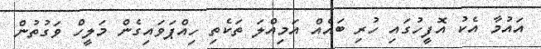
އައުމާ އެކު އޮފީީހުގައި ހުރި ބައެއް އަމިއްލަ ތަކެތި ހިއްޕަވައިގެން މަލީހް ވަގުތުން